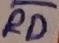
Text: RG